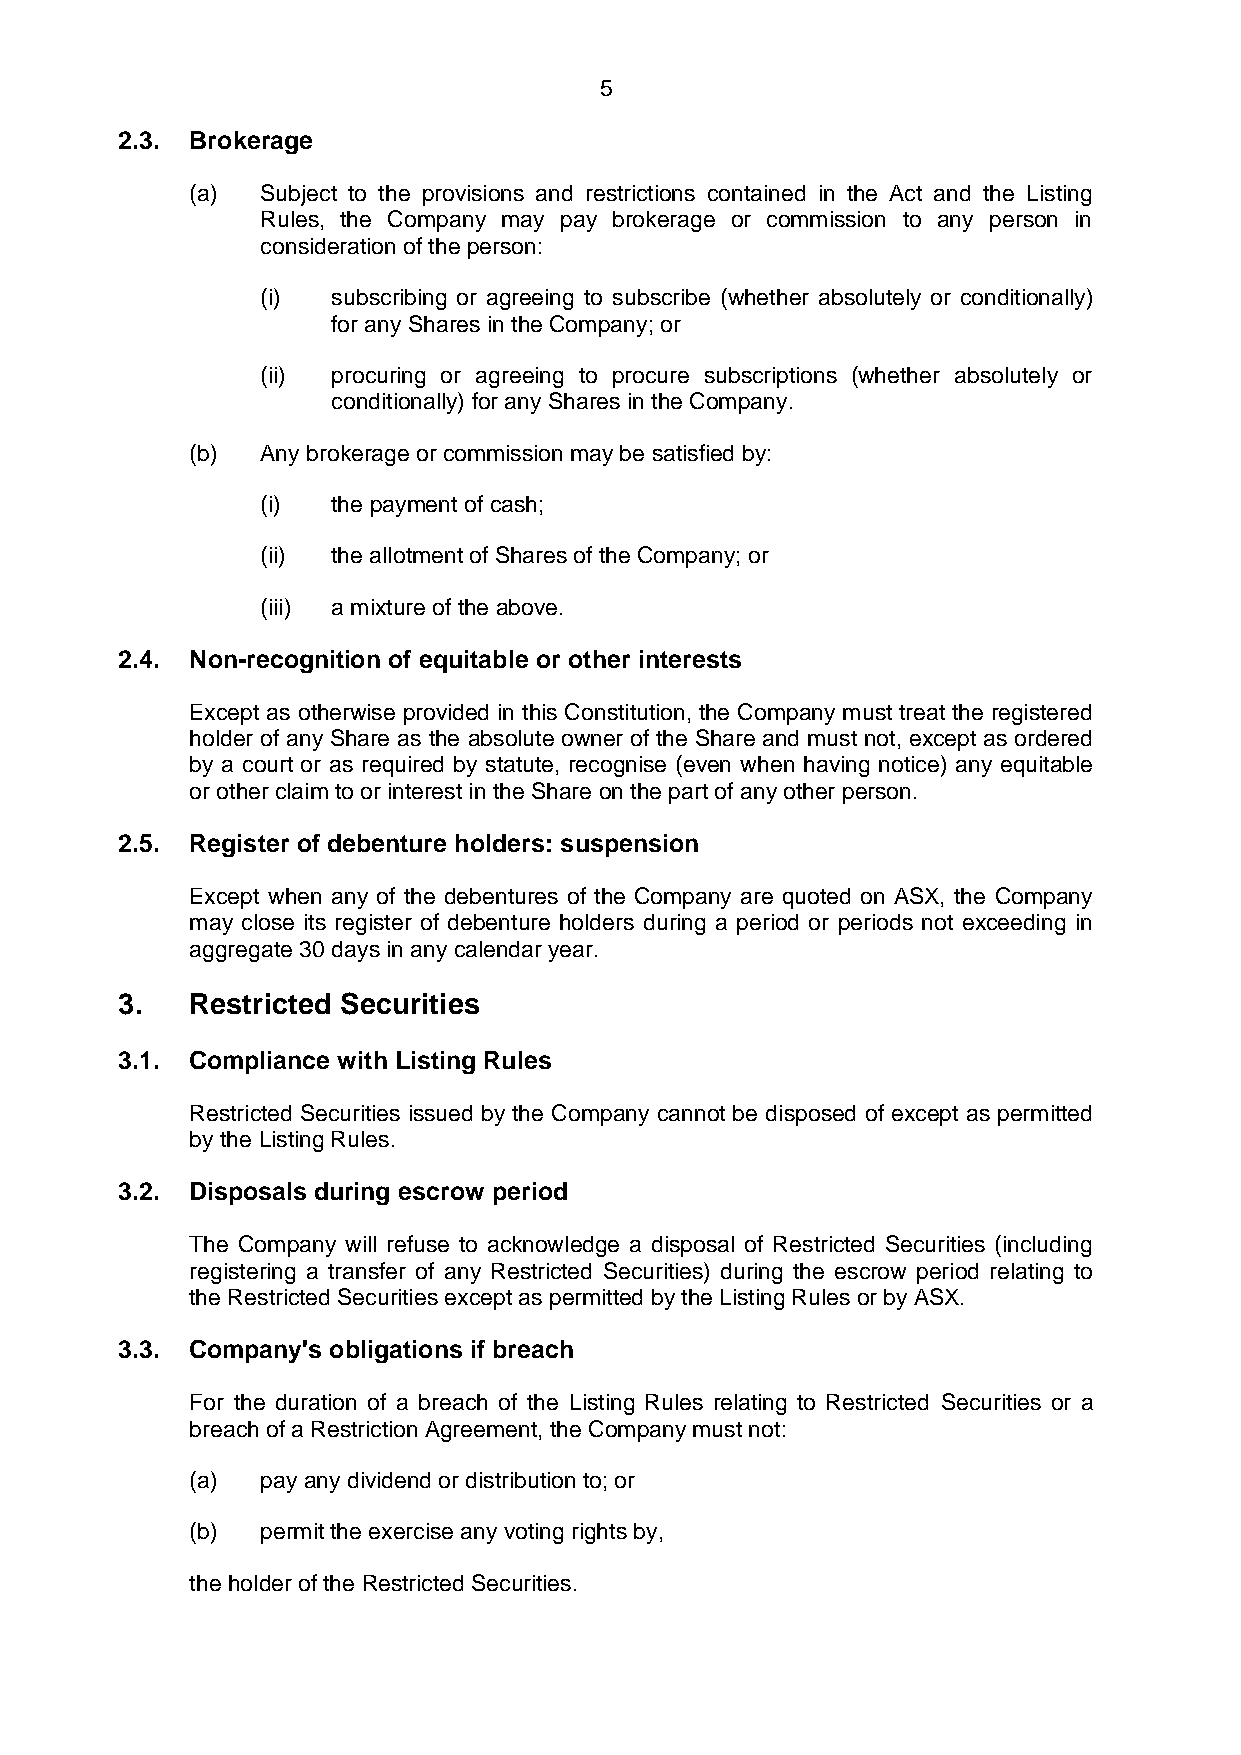
5
 2.3. Brokerage
 (a) Subject to the provisions and restrictions contained in the Act and the Listing
 Rules, the Company may pay brokerage or commission to any person in
 consideration of the person:
 (i)  subscribing or agreeing to subscribe (whether absolutely or conditionally)
 for any Shares in the Company; or
 (ii) procuring or agreeing to procure subscriptions (whether absolutely or
 conditionally) for any Shares in the Company.
 (b) Any brokerage or commission may be satisfied by:
 (i)  the payment of cash;
 (ii) the allotment of Shares of the Company; or
 (iii) a mixture of the above.
 2.4. Non-recognition of equitable or other interests
 Except as otherwise provided in this Constitution, the Company must treat the registered
 holder of any Share as the absolute owner of the Share and must not, except as ordered
 by a court or as required by statute, recognise (even when having notice) any equitable
 or other claim to or interest in the Share on the part of any other person.
 2.5. Register of debenture holders: suspension
 Except when any of the debentures of the Company are quoted on ASX, the Company
 may close its register of debenture holders during a period or periods not exceeding in
 aggregate 30 days in any calendar year.
 3.   Restricted Securities
 3.1. Compliance with Listing Rules
 Restricted Securities issued by the Company cannot be disposed of except as permitted
 by the Listing Rules.
 3.2. Disposals during escrow period
 The Company will refuse to acknowledge a disposal of Restricted Securities (including
 registering a transfer of any Restricted Securities) during the escrow period relating to
 the Restricted Securities except as permitted by the Listing Rules or by ASX.
 3.3. Company's obligations if breach
 For the duration of a breach of the Listing Rules relating to Restricted Securities or a
 breach of a Restriction Agreement, the Company must not:
 (a) pay any dividend or distribution to; or
 (b) permit the exercise any voting rights by,
 the holder of the Restricted Securities.